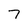
Character: 7